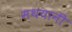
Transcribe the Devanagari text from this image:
मथयानी